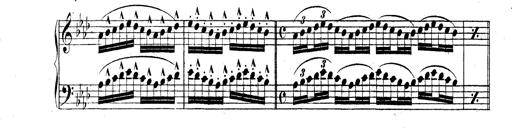
Title: Technische Studien
Composer: Franz Liszt